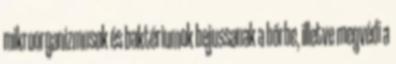
mikroorganizmusok és baktériumok bejussanak a bőrbe, illetve megvédi a